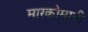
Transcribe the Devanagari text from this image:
मारकोमानी